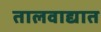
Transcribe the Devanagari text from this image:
तालवाद्यात